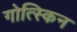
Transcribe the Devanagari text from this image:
गोत्स्किन